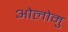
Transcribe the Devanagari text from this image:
ओलोमु